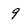
Character: 9